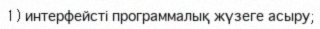
1) интерфейсті программалық жүзеге асыру;